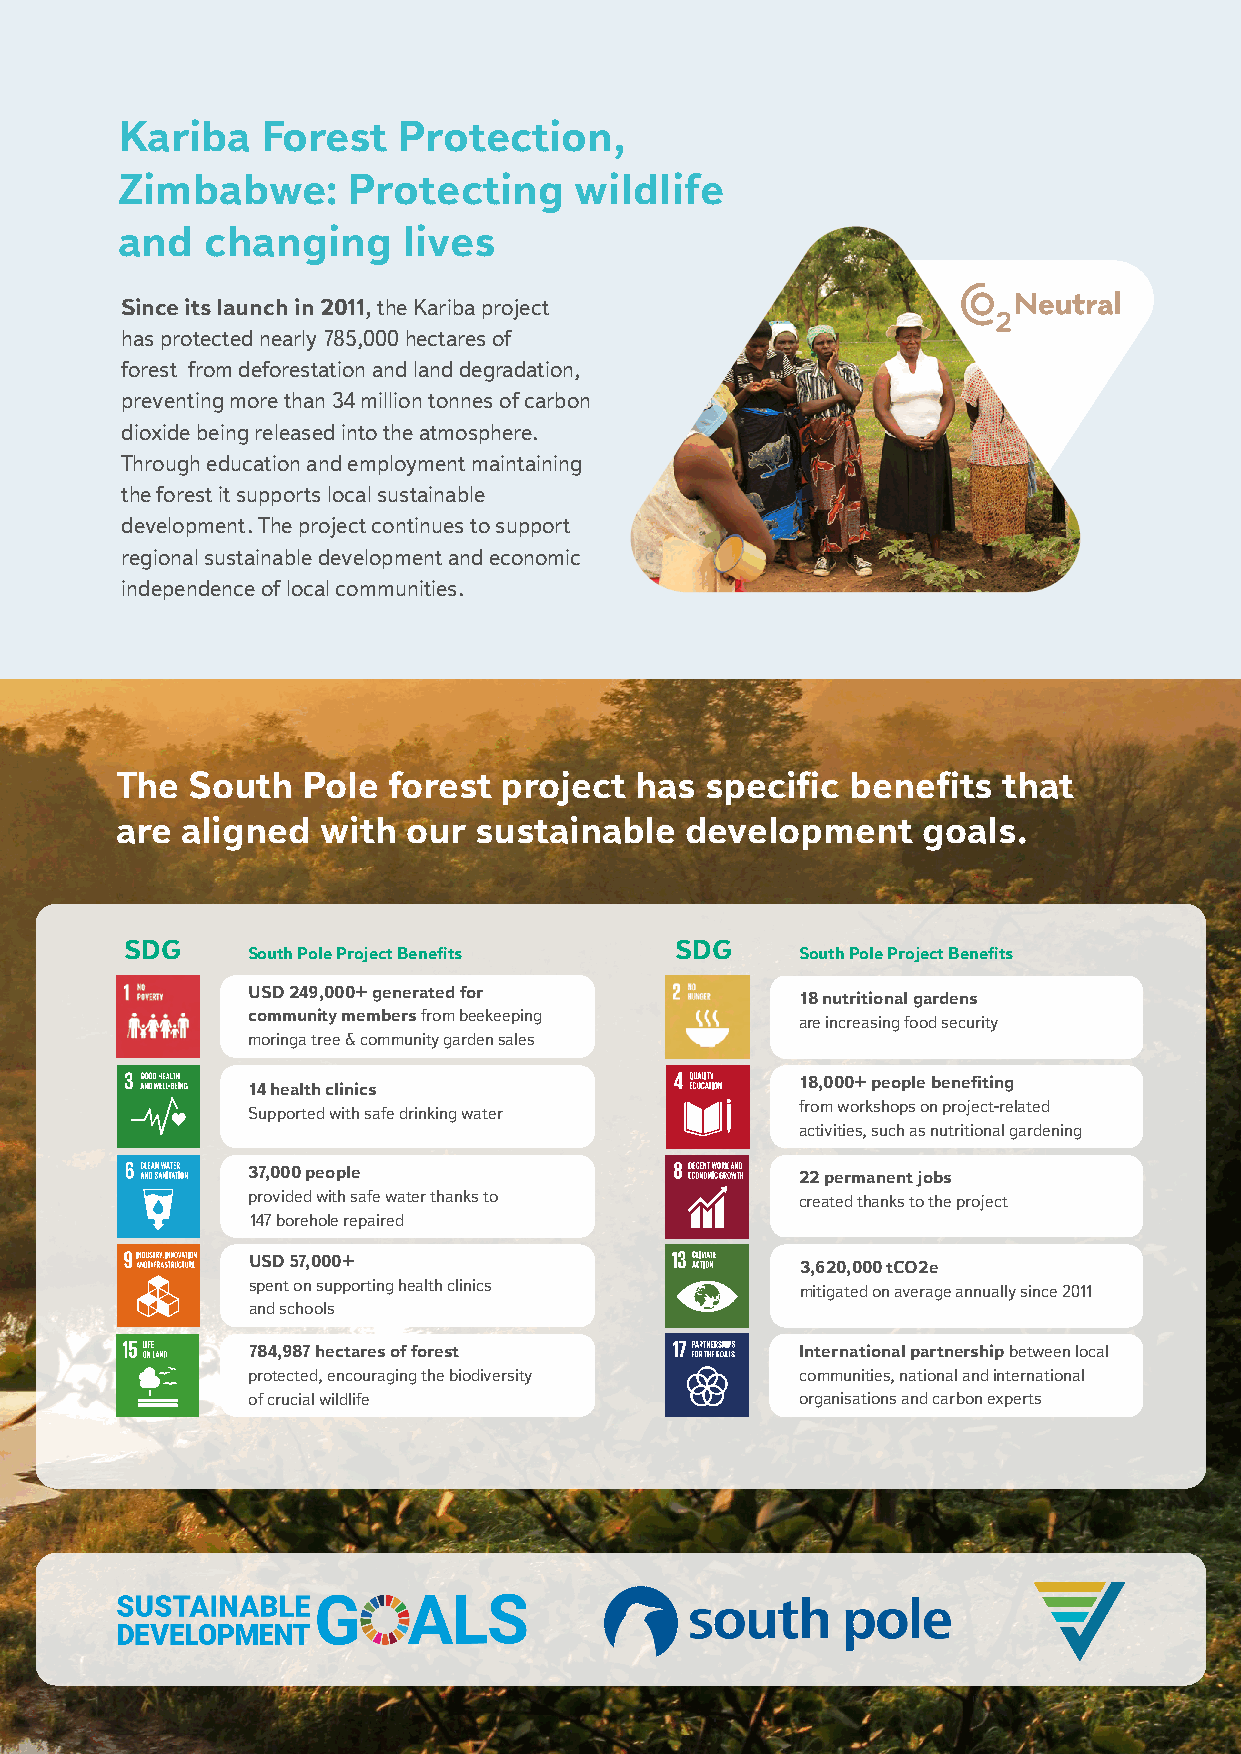
Kariba   Forest   Protection,
 Zimbabwe:      Protecting     wildlife
 and  changing      lives
 Since its launch in 2011, the Kariba project
 has protected nearly 785,000 hectares of
 forest from deforestation and land degradation,
 preventing more than 34 million tonnes of carbon
 dioxide being released into the atmosphere.
 Through education and employment maintaining
 the forest it supports local sustainable
 development. The project continues to support
 regional sustainable development and economic
 independence of local communities.
 The South   Pole  forest project  has  specific benefits  that
 are aligned  with  our sustainable   development     goals.
 SDG                                  SDG
 South Pole Project Benefits          South Pole Project Benefits
 USD 249,000+ generated for
 18 nutritional gardens
 community members from beekeeping    are increasing food security
 moringa tree & community garden sales
 18,000+ people benefiting
 14 health clinics
 from workshops on project-related
 Supported with safe drinking water
 activities, such as nutritional gardening
 37,000 people                        22 permanent jobs
 provided with safe water thanks to   created thanks to the project
 147 borehole repaired
 USD 57,000+
 3,620,000 tCO2e
 spent on supporting health clinics
 mitigated on average annually since 2011
 and schools
 784,987 hectares of forest           International partnership between local
 protected, encouraging the biodiversity communities, national and international
 of crucial wildlife                  organisations and carbon experts